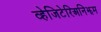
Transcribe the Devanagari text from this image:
व्हेजिटेरिअनिझम